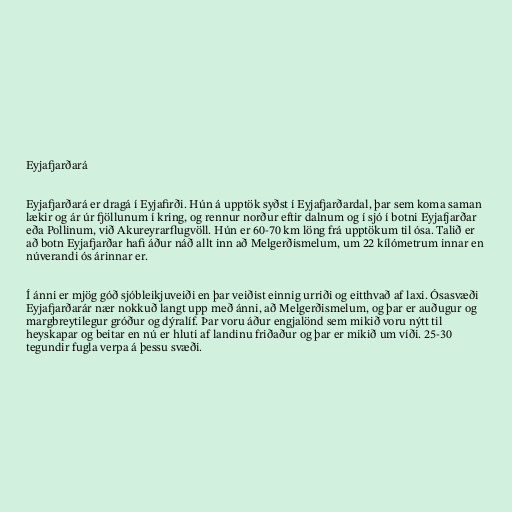
Eyjafjarðará

Eyjafjarðará er dragá í Eyjafirði. Hún á upptök syðst í Eyjafjarðardal, þar sem koma saman
lækir og ár úr fjöllunum í kring, og rennur norður eftir dalnum og í sjó í botni Eyjafjarðar
eða Pollinum, við Akureyrarflugvöll. Hún er 60-70 km löng frá upptökum til ósa. Talið er
að botn Eyjafjarðar hafi áður náð allt inn að Melgerðismelum, um 22 kílómetrum innar en
núverandi ós árinnar er.

Í ánni er mjög góð sjóbleikjuveiði en þar veiðist einnig urriði og eitthvað af laxi. Ósasvæði
Eyjafjarðarár nær nokkuð langt upp með ánni, að Melgerðismelum, og þar er auðugur og
margbreytilegur gróður og dýralíf. Þar voru áður engjalönd sem mikið voru nýtt til
heyskapar og beitar en nú er hluti af landinu friðaður og þar er mikið um víði. 25-30
tegundir fugla verpa á þessu svæði.